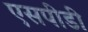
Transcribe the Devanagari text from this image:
एसपीडी